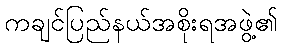
ကချင်ပြည်နယ်အစိုးရအဖွဲ့၏